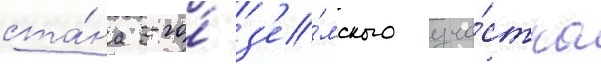
ста́на 3-го́ з'е́мского уча́стка